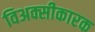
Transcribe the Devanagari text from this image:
विअक्सीकारक